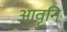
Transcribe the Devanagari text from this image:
आवृनि